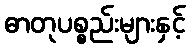
ဓာတုပစ္စည်းများနှင့်